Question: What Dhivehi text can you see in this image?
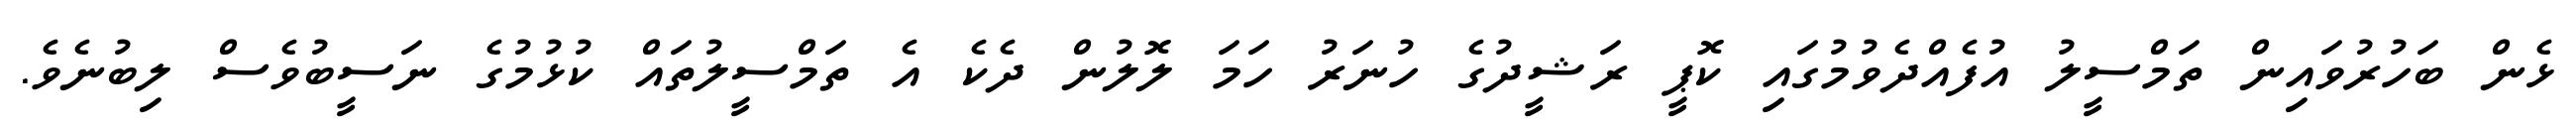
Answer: ޅެން ބަހުރުވައިން ތަމްސީލު އުފެއްދެވުމުގައި ކޮޕީ ރަޝީދުގެ ހުނަރު ހަމަ ލޮލުން ދެކެ އެ ތަމްސީލުތައް ކުޅުމުގެ ނަސީބުވެސް ލިބުނެވެ.